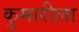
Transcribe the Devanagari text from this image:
कुमारीला